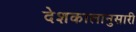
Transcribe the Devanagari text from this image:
देशकालानुसारी